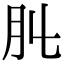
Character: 𦘳